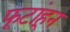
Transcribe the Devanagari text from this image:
फूटांहून